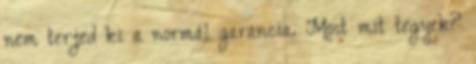
nem terjed ki a normál garancia. Most mit tegyek?